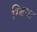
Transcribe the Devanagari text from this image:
म्बिया